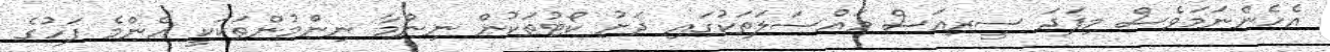
އެހެންނަމަވެސް މިފަދަ ސީރިއަސް މައްސަލަތަކުގައި ދަށު ކޯޓުތަކުން ނިންމާ ނިންމުންތަކަކީ އެންމެ ފަހުގެ